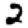
Digit: 2